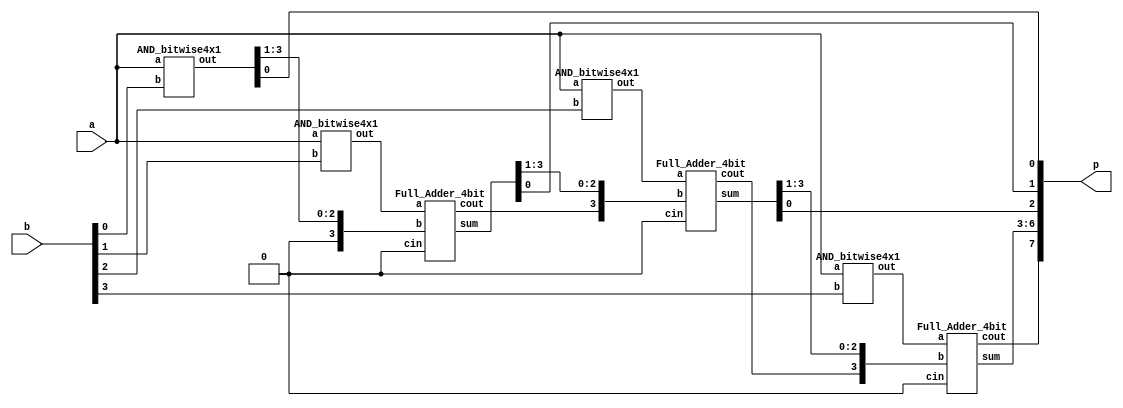

module Multiplier_4bit(a, b, p);
    input [3:0] a, b;
    output [7:0] p;

    wire [3:0] A0,A1,A2,A3;

	// Ai [3:0] = a[3:0] * bi
    AND_bitwise4x1 b0 ( 
		.a	(a[3:0]),
		.b	(b[0]),
		.out({A0[3:1],p[0]})
	);
	AND_bitwise4x1 b1 (
		.a	(a[3:0]),
		.b	(b[1]),
		.out(A1[3:0])
	);
	AND_bitwise4x1 b2 (
		.a	(a[3:0]),
		.b	(b[2]),
		.out(A2[3:0])
	);
	AND_bitwise4x1 b3 (
		.a	(a[3:0]),
		.b	(b[3]),
		.out(A3[3:0])
	);
    
	wire [3:0] B0, B1;
    //Full_Adder_4bit (a,b,cin,cout,sum);
    Full_Adder_4bit fa0(
        .a(A1[3:0]),
        .b({1'b0,A0[3:1]}),
        .cin(1'b0),
        .cout(B0[3]),
        .sum({B0[2:0],p[1]})
        );
    Full_Adder_4bit fa1(
        .a(A2[3:0]),
        .b(B0[3:0]),
        .cin(1'b0),
        .cout(B1[3]),
        .sum({B1[2:0],p[2]})
        );
    Full_Adder_4bit fa2(
        .a(A3[3:0]),
        .b(B1[3:0]),
        .cin(1'b0),
        .cout(p[7]),
        .sum(p[6:3])
        );

endmodule

module AND_bitwise4x1 (a,b,out);
    input [3:0] a;
    input b;
    output [3:0] out;

    AND a0 (out[0],a[0],b);
    AND a1 (out[1],a[1],b);
    AND a2 (out[2],a[2],b);
    AND a3 (out[3],a[3],b);
endmodule

module Full_Adder_4bit (a,b,cin,cout,sum);
    input [3:0]a,b;
    input cin;
    output cout;
    output [3:0] sum;
    wire wc1, wc2, wc3;

    Full_Adder fa0 (a[0], b[0], cin, wc1, sum[0]);
    Full_Adder fa1 (a[1], b[1], wc1, wc2, sum[1]);
    Full_Adder fa2 (a[2], b[2], wc2, wc3, sum[2]);
    Full_Adder fa3 (a[3], b[3], wc3, cout, sum[3]);

endmodule


module Full_Adder (a, b, cin, cout, sum);
input a, b, cin;
output cout, sum;

wire tsum,tcout1,tcout2;
Half_Adder ha1(.a(a),.b(b),.cout(tcout1),.sum(tsum));
Half_Adder ha2(.a(cin),.b(tsum),.cout(tcout2),.sum(sum));
Majority major(.a(a),.b(b),.c(cin),.out(cout));

endmodule


module Half_Adder(a, b, cout, sum);
input a, b;
output cout, sum;

//cout = a&b
NAND_Implement and_cout(a, b,3'b001,cout);
//sum = a^b
NAND_Implement xor_sum (a,b,3'b100,sum);

endmodule


module Majority(a, b, c, out);
input a, b, c;
output out;

wire a1,a2,a3,a4;
NAND_Implement n1(a,b,3'b001,a1);
NAND_Implement n2(b,c,3'b001,a2);
NAND_Implement n3(a,c,3'b001,a3);
NAND_Implement n4(a1,a2,3'b010,a4);
NAND_Implement n5(a3,a4,3'b010,out);

endmodule

//`timescale 1ns/1ps

module NAND_Implement (a, b, sel, out);
input a, b;
input [2:0] sel;
output out;

//negation of sel[2:0]
wire [2:0] nsel;
NOT no0(nsel[0],sel[0]);
NOT no1(nsel[1],sel[1]);
NOT no2(nsel[2],sel[2]);
wire o0,o1,o2,o3,o4,o5,o6;

//solve
NAND x0(o0,a,b);
AND x1(o1,a,b);
OR x2(o2,a,b);
NOR x3(o3,a,b);
XOR x4(o4,a,b);
XNOR x5(o5,a,b);
NOT x6(o6,a);

//output
wire out0,out1,out2,out3,out4,out5,out6,out7;
AND_4x1 f0 (out0,o0,nsel[2],nsel[1],nsel[0]);
AND_4x1 f1 (out1,o1,nsel[2],nsel[1],sel[0]);
AND_4x1 f2 (out2,o2,nsel[2],sel[1],nsel[0]);
AND_4x1 f3 (out3,o3,nsel[2],sel[1],sel[0]);
AND_4x1 f4 (out4,o4,sel[2],nsel[1],nsel[0]);
AND_4x1 f5 (out5,o5,sel[2],nsel[1],sel[0]);
AND_4x1 f6 (out6,o6,sel[2],sel[1],nsel[0]);
AND_4x1 f7 (out7,o6,sel[2],sel[1],sel[0]);

OR_8x1 finals (out,out0,out1,out2,out3,out4,out5,out6,out7);

endmodule

module AND_4x1 (out,s0,s1,s2,s3);
input s0,s1,s2,s3;
output out;
wire w0,w1;
AND l0(w0,s0,s1);
AND l1(w1,s2,s3);
AND l2(out,w1,w0);
endmodule

module OR_8x1 (out,s0,s1,s2,s3,s4,s5,s6,s7);
input s0,s1,s2,s3,s4,s5,s6,s7;
output out;
wire w0,w1,w2,w3,w4,w5;
OR or80(w0,s0,s1);
OR or81(w1,s2,s3);
OR or82(w2,s4,s5);
OR or83(w3,s6,s7);
OR or84(w4,w0,w1);
OR or85(w5,w2,w3);
OR or86(out,w4,w5);
endmodule


//0nand
module NAND (out, a, b);
input a,b;
output out;
nand n0(out,a,b);
endmodule
//1and
module AND (out, a, b);
input a,b;
output out;
wire and0;
nand n10(and0,a,b);
nand n11(out,and0,and0);
endmodule
//2or
module OR (out, a, b);
input a,b;
output out;
wire or0,or1;
nand n20(or0,a,a);
nand n21(or1,b,b);
nand n22(out,or0,or1);
endmodule
//3nor
module NOR (out, a, b);
input a,b;
output out;
wire nor0,nor1,nor2;
nand n30(nor0,a,a);
nand n31(nor1,b,b);
nand n32(nor2,nor0,nor1);
nand n33(out,nor2,nor2);
endmodule
//4xor
module XOR (out, a, b);
input a,b;
output out;
wire xor0,xor1,xor2;
nand n40(xor0,a,b);
nand n41(xor1,xor0,a);
nand n42(xor2,xor0,b);
nand n43(out,xor1,xor2);
endmodule
//5xnor
module XNOR (out, a, b);
input a,b;
output out;
wire xnor0,xnor1,xnor2,xnor3;
nand n50(xnor0,a,b);
nand n51(xnor1,xnor0,a);
nand n52(xnor2,xnor0,b);
nand n53(xnor3,xnor1,xnor2);
nand n54(out,xnor3,xnor3);
endmodule
//6 or 7not
module NOT (out, a);
input a;
output out;
nand n6(out,a,a);
endmodule